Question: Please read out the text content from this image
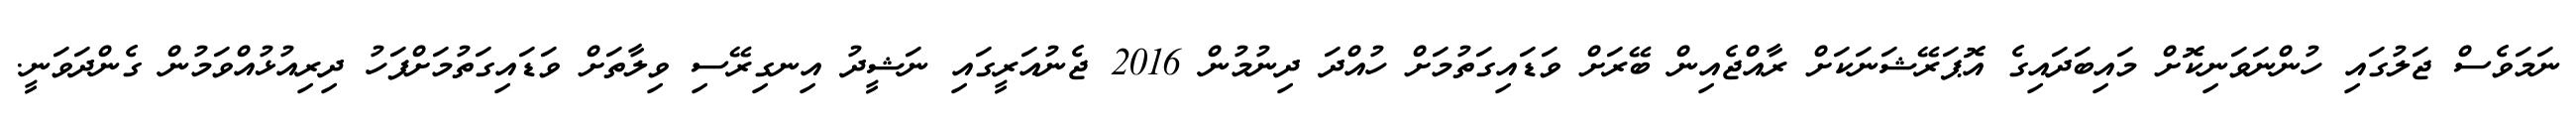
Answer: ނަމަވެސް ޖަލުގައި ހުންނަވަނިކޮށް މައިބަދައިގެ އޮޕަރޭޝަނަކަށް ރާއްޖެއިން ބޭރަށް ވަޑައިގަތުމަށް ހުއްދަ ދިނުމުން 2016 ޖެނުއަރީގައި ނަޝީދު އިނގިރޭސި ވިލާތަށް ވަޑައިގަތުމަށްފަހު ދިރިއުޅުއްވަމުން ގެންދަވަނީ.